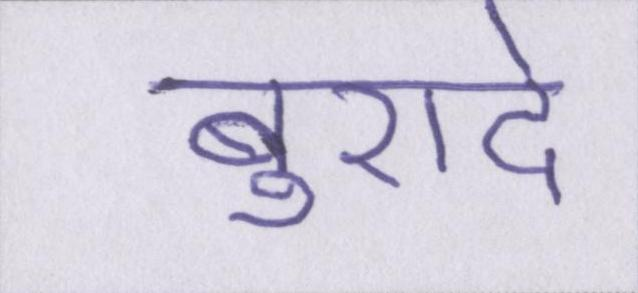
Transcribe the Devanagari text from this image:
बुरादे